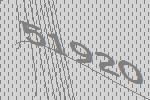
51920